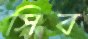
সিব